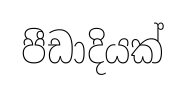
පීඩාදියක්